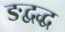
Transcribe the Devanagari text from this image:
ङद्वद्ध